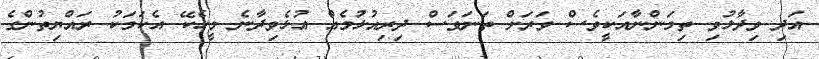
އަދި ވިދާޅުވި ތިމަންނާއަކީވެސް ވަރަށް ތަނަވަސް ދިރިއުޅުމެއް އުޅެވިދާނެ މީހެކޭ އެކަމަކު ރައްޔިތުންގެ